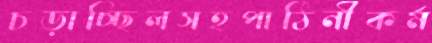
চড়াচ্ছিলসহপাঠিনীকর্ম